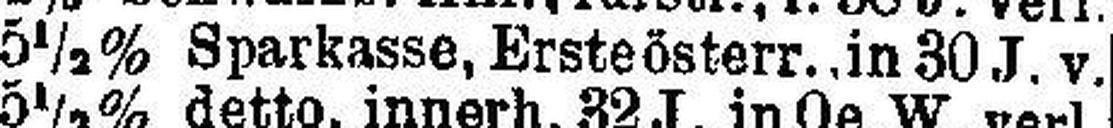
5½% Sparkasse, Erste österr..in 30 J.v.